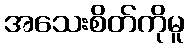
အသေးစိတ်ကိုမူ